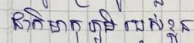
ជាតិមាតុភូមិរបស់ខ្លួន